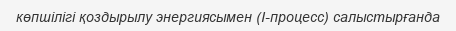
көпшілігі қоздырылу энергиясымен (І-процесс) салыстырғанда